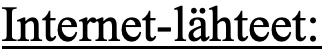
Internet-lähteet: